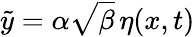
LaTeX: \tilde{y}=\alpha\sqrt{\beta}\, \eta(x,t)